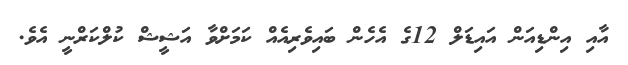
އާއި އިންޑިއަން އައިޑަލް 12ގެ އެހެން ބައިވެރިއެއް ކަމަށްވާ އަޝީޝް ކުލްކަރްނީ އެވެ.